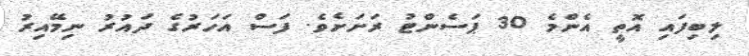
ލިބިފައި އޮތީ އެންމެ 30 ޕަސެންޓު ރަށަށެވެ. ފަސް އަހަރުގެ ދައުރު ނިމޭއިރު